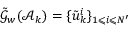
\tilde { \mathcal { G } } _ { w } ( \mathcal { A } _ { k } ) = \{ \tilde { u } _ { k } ^ { i } \} _ { 1 \leqslant i \leqslant N ^ { \prime } }